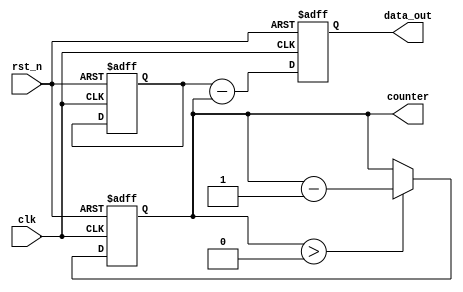
module parameter_focused_init #(
    parameter INIT_VALUE = 8'h00,    // Initial value for registers
    parameter COUNTER_SIZE = 4,       // Size of the counter
    parameter OP_MODE = 1              // Operational mode (0: mode A, 1: mode B)
)(
    input wire clk,                    // Clock input
    input wire rst_n,                  // Active-low reset
    output reg [7:0] data_out,         // Output data
    output reg [COUNTER_SIZE-1:0] counter // Counter output
);

    // Internal state variable
    reg [7:0] internal_reg;

    // Initialization logic
    initial begin
        // Set internal register to the initial value
        internal_reg = INIT_VALUE;
        counter = 0; // Initialize counter to 0
        data_out = 0; // Initialize output data
    end

    // Always block for synchronous operations
    always @(posedge clk or negedge rst_n) begin
        if (!rst_n) begin
            // Reset logic
            internal_reg <= INIT_VALUE; // Reset internal register to initial value
            counter <= 0; // Reset counter
            data_out <= 0; // Reset output data
        end else begin
            // Conditional initialization based on operational mode
            if (OP_MODE == 0) begin
                // Mode A: Increment counter and update data_out
                counter <= counter + 1;
                data_out <= internal_reg + counter; // Example operation
            end else begin
                // Mode B: Decrement counter and update data_out
                if (counter > 0) begin
                    counter <= counter - 1;
                end
                data_out <= internal_reg - counter; // Example operation
            end
        end
    end

    // Additional logic can be added here for further functionality

endmodule